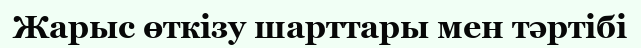
Жарыс өткізу шарттары мен тәртібі